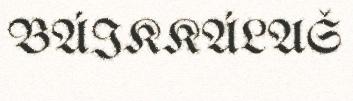
BÁIKKÁLAŠ